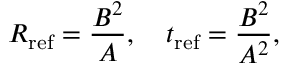
R _ { \mathrm { r e f } } = \frac { B ^ { 2 } } { A } , \quad t _ { \mathrm { r e f } } = \frac { B ^ { 2 } } { A ^ { 2 } } ,